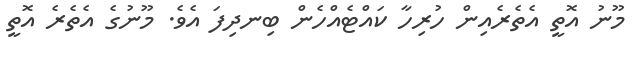
މޫނު އޮތީ އެތެރެއިން ހުރިހާ ކައްޓެއްހެން ބިނދިފަ އެވެ. މޫނުގެ އެތެރެ އޮތީ